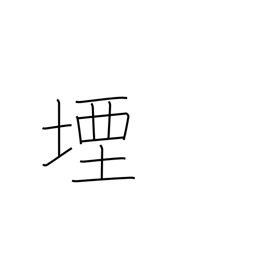
Meaning: stop up